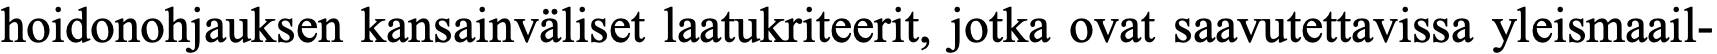
hoidonohjauksen kansainväliset laatukriteerit, jotka ovat saavutettavissa yleismaail-